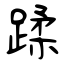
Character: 蹂